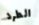
الطرد